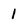
Character: 1